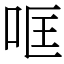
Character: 哐